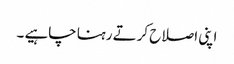
اپنی اصلاح کرتے رہنا چاہیے ۔